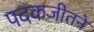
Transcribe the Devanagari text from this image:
पदकजीतने